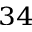
^ { 3 4 }